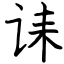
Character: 诔